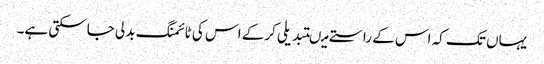
یہاں تک کہ اس کے راستے میںتبدیلی کرکے اس کی ٹائمنگ بدلی جاسکتی ہے۔